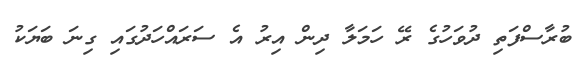
ބުރާސްފަތި ދުވަހުގެ ރޭ ހަމަލާ ދިން އިރު އެ ސަރައްހަދުގައި ގިނަ ބަޔަކު